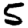
Digit: 5